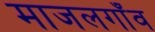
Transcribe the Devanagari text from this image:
माजलगाँव